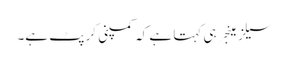
سیلز مینجر ہی کہتا ہے کہ کمپنی کرپٹ ہے۔